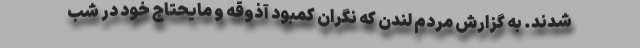
شدند. به گزارش مردم لندن که نگران کمبود آذوقه و مایحتاج خود در شب